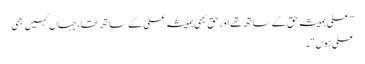
”علی ہمیشہ حق کے ساتھ تھے اور حق بھی ہمیشہ علی کے ساتھ تھا، جہاں کہیں بھی
علی ہوں“۔